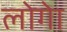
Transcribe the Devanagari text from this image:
लोगेा